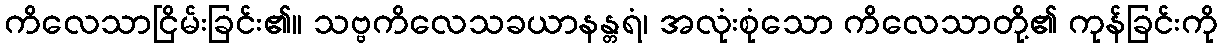
ကိလေသာငြိမ်းခြင်း၏။ သဗ္ဗကိလေသခယာနန္တရံ၊ အလုံးစုံသော ကိလေသာတို့၏ ကုန်ခြင်းကို